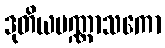
ဒုတိယပဏ္ဏာသကော